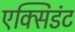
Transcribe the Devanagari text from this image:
एक्सिडंट